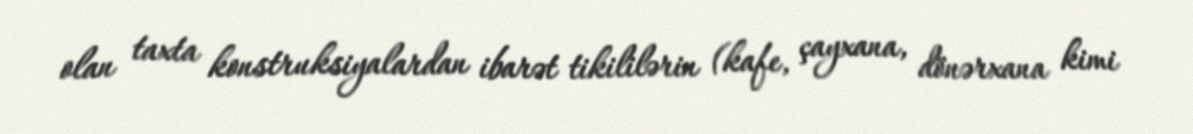
olan taxta konstruksiyalardan ibarət tikililərin (kafe, çayxana, dönərxana kimi